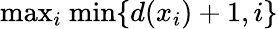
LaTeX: {\mathrm{max}}_{i}{\mathrm{~min}}\{ d(x_{i})+1,i\}